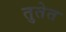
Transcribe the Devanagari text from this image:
तुतेत